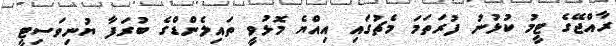
ރާއްޖޭގެ ޓީމު ކުޅުނު ފުރަތަމަ މެޗުގައި އިއްޔެ މޮޅުވީ ތައިލެންޑްގެ ބުރަފާ ޔުނިވަސިޓީ